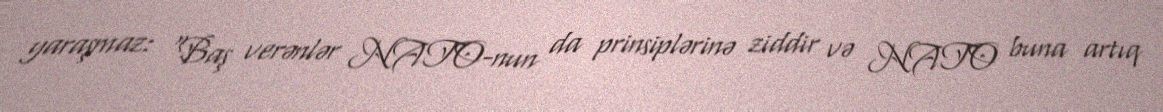
yaraşmaz: “Baş verənlər NATO-nun da prinsiplərinə ziddir və NATO buna artıq